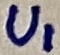
Text: U1